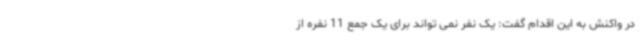
در واکنش به این اقدام گفت: یک نفر نمی تواند برای یک جمع 11 نفره از